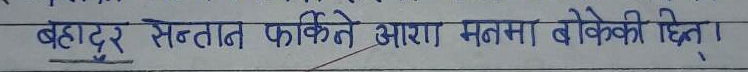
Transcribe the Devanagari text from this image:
बहादुर सन्तान फकिते आरा मनस बेकेकी छिन्।